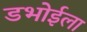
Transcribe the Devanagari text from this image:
डभोईला